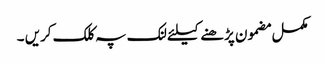
مکمل مضمون پڑھنے کیلئے لنک پہ کلک کریں ۔